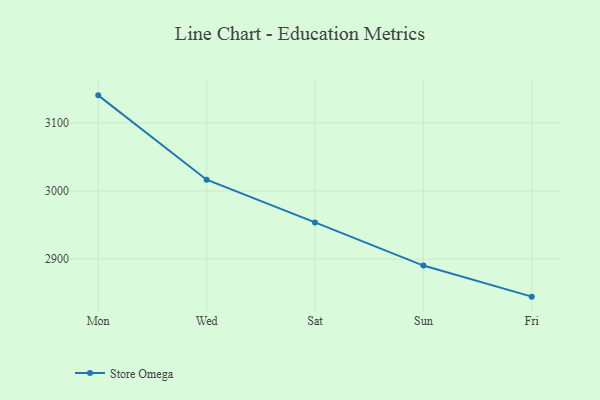
{"axis": {"x": "Day", "y": "Website Visitors"}, "legend": ["Store Omega"], "data": [{"x": "Mon", "y": 3140.7, "type": "Store Omega"}, {"x": "Wed", "y": 3016.7, "type": "Store Omega"}, {"x": "Sat", "y": 2953.9, "type": "Store Omega"}, {"x": "Sun", "y": 2890.4, "type": "Store Omega"}, {"x": "Fri", "y": 2844.7, "type": "Store Omega"}]}